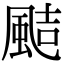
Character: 𩗊